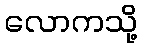
လောကသို့